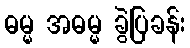
ဓမ္မ အဓမ္မ ခွဲပြခန်း